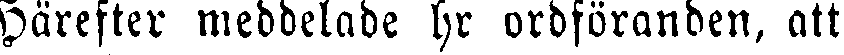
Härefter meddelade hr ordföranden, att